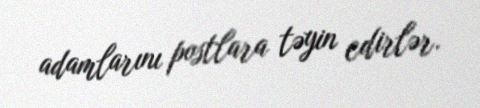
adamlarını postlara təyin edirlər.